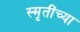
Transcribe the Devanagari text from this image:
स्मृतींच्या